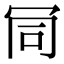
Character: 𠖄